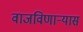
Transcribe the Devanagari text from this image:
वाजविणाऱ्यास